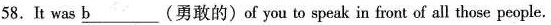
58.It was \underline{b}(勇敢的)of you to speak in front of all those people.